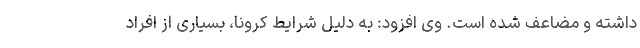
داشته و مضاعف شده است. وی افزود: به دلیل شرایط کرونا، بسیاری از افراد